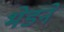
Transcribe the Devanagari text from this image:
भेडने